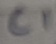
Text: C1